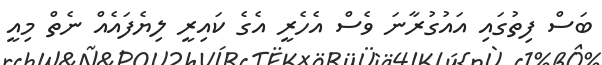
ބަސް ފިތުގައި އައުގުރާނަ ވެސް އެހެރީ އެގެ ކައިރީ ލިޔެފައެއް ނެތް މިއީ